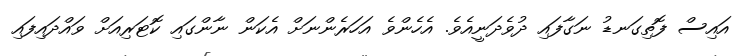
އައިސް ފޮތިގަނޑު ނަގާފައި ދުވެދަނީއެވެ. އެހެންވެ އަހަރެންނަށް އެކަން ނާންގައި ކޮޓަރިއަށް ވައްދައިފައި